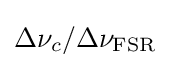
\Delta \nu _{c}/\Delta \nu _{\rm {FSR}}